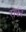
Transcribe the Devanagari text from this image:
राफा